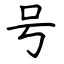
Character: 号